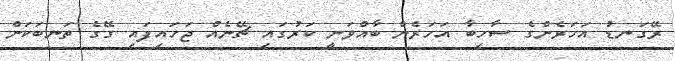
ރޭގަނޑު އަހަރެންގެ ސާހިބާ އަހަރެން ބާއްވަނީ ކަރުގައި ޗޭނެއް ޖަހައިފައި ގޭގެ ތަނބަކަށް